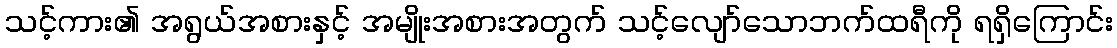
သင့်ကား၏ အရွယ်အစားနှင့် အမျိုးအစားအတွက် သင့်လျော်သောဘက်ထရီကို ရရှိကြောင်း